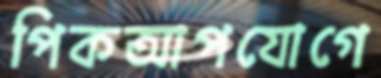
পিকআপযোগে